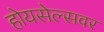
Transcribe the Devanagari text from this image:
होयसेल्सवर